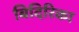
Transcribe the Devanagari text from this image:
बिदिरिका